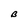
Character: B